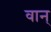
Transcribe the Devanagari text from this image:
वान्